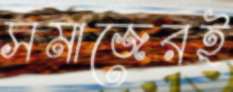
সমাজেরই